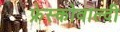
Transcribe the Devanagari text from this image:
फ्रेस्कोवाल्दी